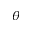
\theta